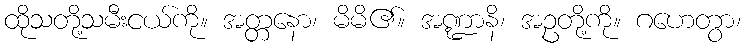
ထိုသတို့သမီးငယ်ကို။ အတ္တနော၊ မိမိ၏။ အဏ္ဍာနိ၊ အဥတို့ကို။ ဂဟေတွာ၊